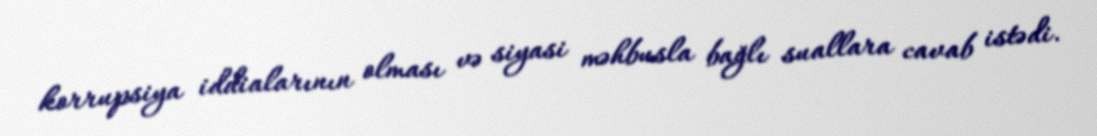
korrupsiya iddialarının olması və siyasi məhbusla bağlı suallara cavab istədi.